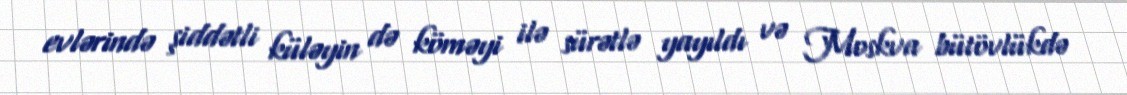
evlərində şiddətli küləyin də köməyi ilə sürətlə yayıldı və Moskva bütövlükdə